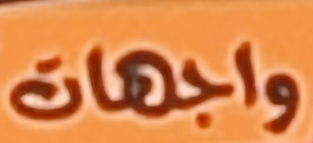
واجهات